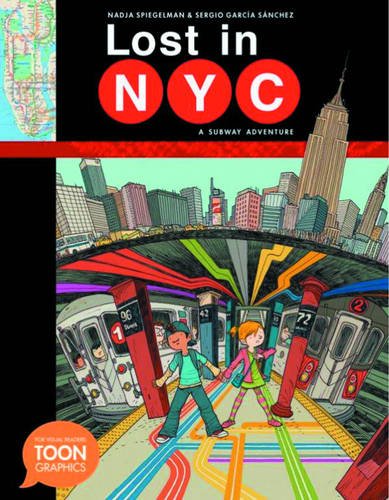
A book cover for Lost in NYC: A Subway Adventure: A TOON Graphic (Toon Graphics); Nadja Spiegelman; Children's Books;